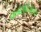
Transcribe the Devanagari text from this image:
क्लोरोबेंजॉइक